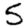
Digit: 5